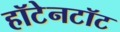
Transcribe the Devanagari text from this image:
हॉटेनटॉट